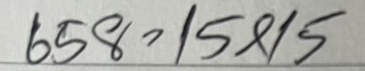
658 = 15x15